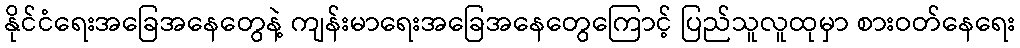
နိုင်ငံရေးအခြေအနေတွေနဲ့ ကျန်းမာရေးအခြေအနေတွေကြောင့် ပြည်သူလူထုမှာ စားဝတ်နေရေး